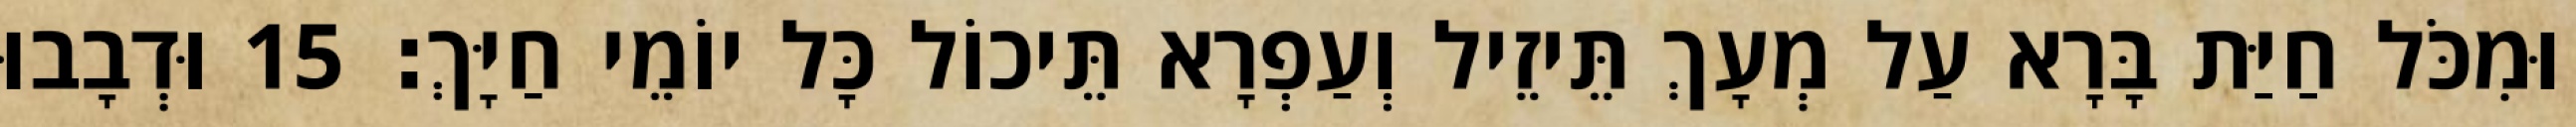
וּמִכֹּל חַיַּת בָּרָא עַל מְעָךְ תֵּיזֵיל וְעַפְרָא תֵּיכוֹל כָּל יוֹמֵי חַיָּךְ׃ 15 וּדְבָבוּ